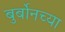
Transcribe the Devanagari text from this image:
बुर्बोनच्या